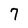
Character: 7